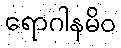
ရောဂါနမိဝ